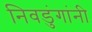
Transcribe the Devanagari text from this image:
निवडुंगांनी